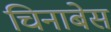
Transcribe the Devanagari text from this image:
चिनाबेस